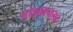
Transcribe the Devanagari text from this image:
बोझमनसह